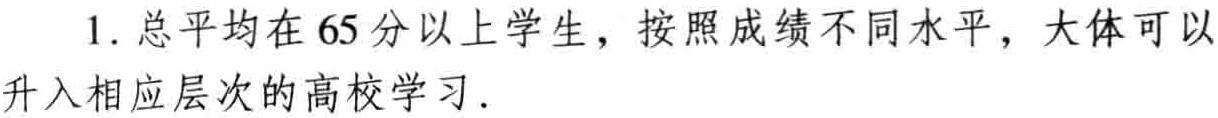
1. 总平均在 65 分以上学生，按照成绩不同水平，大体可以升入相应层次的高校学习．